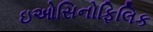
ઇઓસિનોફિલિક